Vaccination in Burma 1900-1911 - 1900-1911
Year: 1900
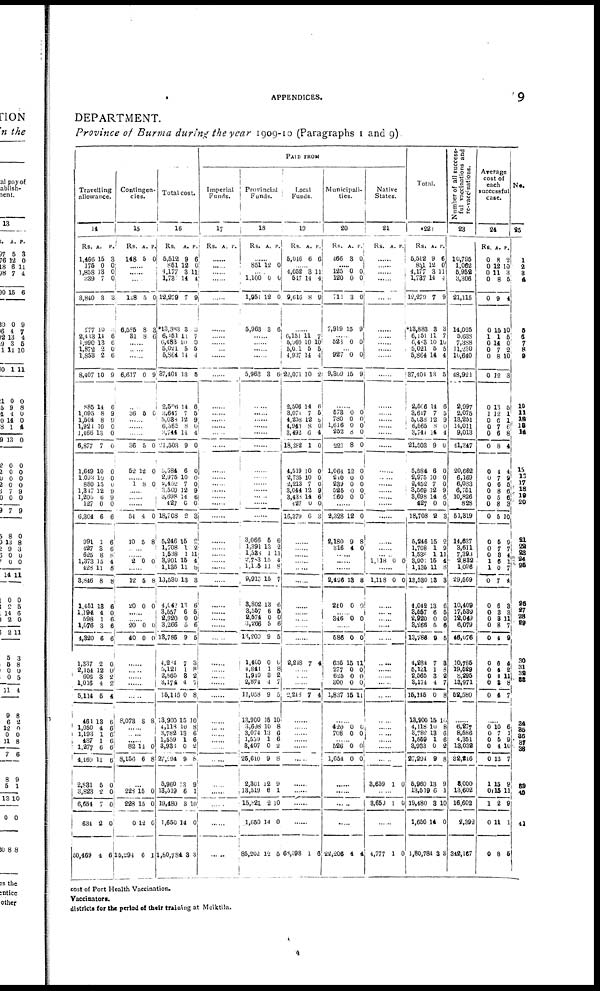
APPENDICES.
9
DEPARTMENT.
Province of Burma during the year 1909-10 (Paragraphs 1 and 9)
PAID FROM
Travelling
allowance.
14
Rs.
1,466
175
1,858
339
3,840
277
2,413
1,990
1,872
1,853
8,407
885
1,095
1,504
1,921
1,166
6,877
1,619
1,093
880
1,347
1,205
127
6,304
991
427
625
1,373
428
3,846
1,151
1,194
598
1,076
4,320
1,337
2,154
606
1,016
5,114
461
1,050
1,193
487
1,277
4,469
2,831
3,823
6,654
634
50,469
A.
15
0
13
7
3
10
14
13
2
2
10
14
8
8
10
13
7
10
10
15
12
6
0
6
1
3
8
15
11
8
13
4
1
3
6
2
191
3
4
6
13
4
1
1
6
11
5
2
7
2
4
P.
3
0
0
0
3
2
6
6
0
6
9
6
9
9
0
0
0
0
0
0
0
9
0
6
6
6 8
4 8
8
6
0
6
6
6
0
0
2
2
4
6
6
6
6
6
6
0
0
0
0
6
Contingen-
cies.
15
Rs.
148
A.
5
P.
0
......
......
......
148
6,585
31
5
8
8
0
8
6
......
......
......
6,617 0 9
......
36 5 0
......
......
......
36
52
5
12
0
0
......
1 8 0
......
......
......
54
10
4
5
0
8
......
......
2 0 0
......
12
20
5
0
8
0
......
......
20
4 0
0
0
0
0
......
......
......
......
8,073 8 8
......
......
......
82
8,156
14
6
0
8
...
228
228
0
15,294
15
15
12
6
0
0
0
1
Total cost.
16
Rs.
5,512
851
4,177
1,730
12,279
*13,383
6,151
6,483
5,021
5,864
37,404
2,696
3,647
5,038
6,365
3,744
21,503
5,584
2,975
2,452
3,569
3,698
427
18,708
5,246
1,708
1,538
3,901
1,135
13,530
4,142
3,557
2,920
3,266
18,786
4,284
5,121
2,565
3,174
15,115
13,900
4,118
3,782
1,559
3,930
27,594
5,960
13,519
19,480
1,650
1,80,784
A.
9
12
3
14
7
3
11
10
5
14
13
14
7
12
8
14
9
6
10
7
12
14
C
2
15
1
1
15
11
13
13
6
0
5
9
7
1
3
4
0
15
10
13
1
0
9
13
6
3
14
3
P.
6
0
11
4
9
3
7
0
5
4
5
6
5
9
0
4
0
0
0
0
9
6
0
3
2
2
11
4
8
3
6
5
0
6
5
3
8
2
7
8
10
8
6
6
2
8
9
1
10
0
3
Imperial
Funds.
17
Rs. A. P.
......
......
......
......
......
......
......
......
......
......
......
......
......
......
......
......
......
......
......
......
......
......
......
......
......
......
......
......
......
......
......
......
......
......
......
......
......
......
......
......
......
......
......
......
......
......
......
......
......
......
......
Provincial
Funds.
18
Rs. A. P.
......
851 12 0
......
1,100
1,951
5,963
0
12
3
0
0
6
......
......
......
......
5,963 3 6
......
......
......
......
......
......
......
......
......
......
......
......
......
3,066
1,391
1,538
2,703
1,105
9,013
3,802
3,557
2,574
3,266
13,200
1,400
4,841
1,910
2,874
11,058
13,900
3,698
3,074
1,539
3,407
25,640
2,301
18,519
15,82l
1,650
85,202
5
.3
1
15
11
15
13
6
0
5
9
0
1
3
4
9
15
10
13
1
0
9
12
6
2
14
12
6
2
11
4
8
7
6
5
0
6
5
0
8
2
7
5
10
8
6 6
2
8
9
1
10
0
5
Local
Funds.
19
Rs.
5,046
A.
6
P.
6
......
4,052
517
9,616
3
14
8
11
4
9
......
6,151
6,960
5,001
4,937
22,071
2,506
3,071
4,258
4,940
3,492
18,282
4,519
2,735
2,213
3,044
3,433
127
16,379
11
10
5
14
10
14
7
12
8
6
1
10
10
7
12
14
0
6
7
10
5
4
2
6
5
9
0
4
0
0
0
0
9
6
0
3
......
......
......
......
......
......
......
......
......
......
......
2,248 7 4
......
......
......
2,213 7 4
......
......
......
......
......
......
......
......
......
......
68,598 1 6
Municipali-
ties.
20
Rs.
466
A.
3
P.
0
......
125
120
711
7,919
0
0
3
15
0
0
0
9
523
523 0 0
......
927
9,869
0
15
0
9
......
573
780
1,616
252
221
1,064
240
239
525
960
0
0
0
8
8
12
0
0
0
0
0
0 0
0
0
0
0
0
0
0
......
2,328
2,180
316
12
9
4
0
8
0
......
......
......
2,496
240
13
0
8
0
......
346 0 0
......
586
635
277
625
300
1,837
0
15
0
0
0
15
0
11
0
0
0
11
......
420
708
0
0
0
0
......
526
1,654
0
0
0
0
......
......
22,206 4 4
Native
States.
21
Rs. A. P.
......
......
......
......
......
......
......
......
......
......
......
......
......
......
......
......
......
......
......
......
......
......
......
......
......
......
......
1,118 0 0
......
1,118 0 0
......
......
......
......
......
......
......
......
......
......
......
......
......
......
......
3,659 1 0
......
3,650 1 0
......
4,777 1 0
Total.
22
Rs.
5,512
851
4,177
1,787
12,279
*13,883
6,151
6,483
5,021
5,864
37,404
2,506
3,617
5,038
6,565
3,744
21,503
5,584
2,975
2,452
3,569
3,698
427
18,708
5,246
1,708
1,538
3,900
1,135
13,530
4,042
3,567
2,920
8,266
13,786
4,284
5,121
2,565
3,174
15,145
13,900
1,118
3,782
1,559
3,983
27,294
5,960
13,519
19,480
1,650
1,80,784
A.
9
12
3
14
7
3
11
10
5
14
13
14
7
12
8
14
9
6
10
7
12
14
0
2
15
1
1
15
11
13
13
6
0
5
9
7
1
3
4
0
15
10
13
1
0
9
13
6
8
14
3
P.
6
0
11
4
9
3
7
10
5
4
5
6
5
9
0
4
0
0
0
0
9
6
0
3
2
2
11
4
8
3
6
5
0
6
5
8
8
2
7
8
10
8
6
6
2
8
9
1
10
0
3
Number of all success-
ful vaccinations and
re-vaccinations.
23
10,795
1,062
5,952
3,306
21,115
14,025
5,638
7,388
11,230
10,640
18,921
2,997
2,075
13,251
11,011
9,013
41,347
20,662
6,169
6,083
6,751
10,826
828
51,319
11,637
3,611
7,393
2,832
1,096
29,569
10,409
17,589
12,049
6,079
48,076
10,785
19,529
8,295
13,971
52,580
......
6,277
8,586
4,351
13,032
32,246
8,000
13,602
16,602
2,392
342,167
Average
cost of
each
successful
case.
24
Rs.
0
0
0
0
0
0
1
0
0
0
0
0
1
0
0
0
0
0
0
0
0
0
0
0
0
0
0
1
1
0
0
0
0
0
0
0
0
0
0
0
A.
8
12
11
8
9
15
1
14
7
8
12
13
12
6
7
6
8
4
7
6
8
5
8
5
5
7 8
6
0
7
6
3
8
8
4
6
4
4
8
4
P.
2
12
3
5
4
10
5
0
2
10
3
5
1
1
6
8
4
4
9
5
6
6 3
10
9
7 4
1 7
4
3
3
11
7
0
4
2
11
8
7
......
0
0
0
0
0
1
0
1
0
0
10
7
5
4
13
15
15
2
11
8
6 1
9
10
7
9
11
9
1
5
No.
25
1
2
3
4
5
6
7
8
9
10
11
18
18
14
15
13
17
18
19
20
......
21
22
23
24
25
...
26
27
28
29
30
31
32
33
34
35 36
38
39
40
41
cost of Port Health Vaccination.
Vaccinators.
districts for the period of their training at Meiktila.